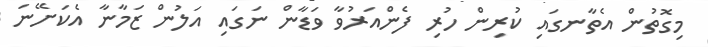
މިގޮތުން އެތާނގައި ކުރިން ހުރި ފެންއަރުވާ ވަޑާން ނަގައި އަލުން ޒަމާނާ އެކަށޭނަ